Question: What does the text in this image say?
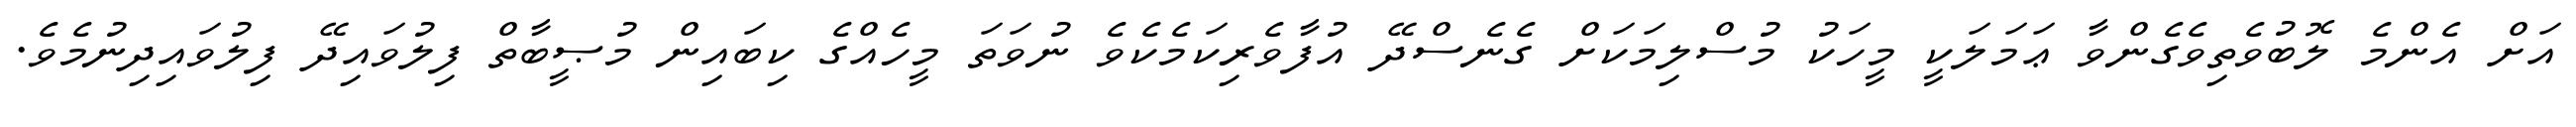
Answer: އަށް އެންމެ ލޮބުވެތިވެގެންވާ ޢަމަލަކީ މީހަކު މުސްލިމަކަށް ގެނެސްދޭ އުފާވެރިކަމެކެވެ ނުވަތަ މީހެއްގެ ކިބައިން މުޞީބާތް ފިލުވައިދޭ ފިލުވައިދިނުމެވެ.